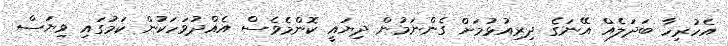
އެހުރިހާ ބަދަލެއް އޭނަގެ ދިރިއުޅުމަށް ގެންނަމުން ދިޔައީ ކޮންމެވެސް އެއްދުވަހަކުން ކަމުގައި ވިޔަސް